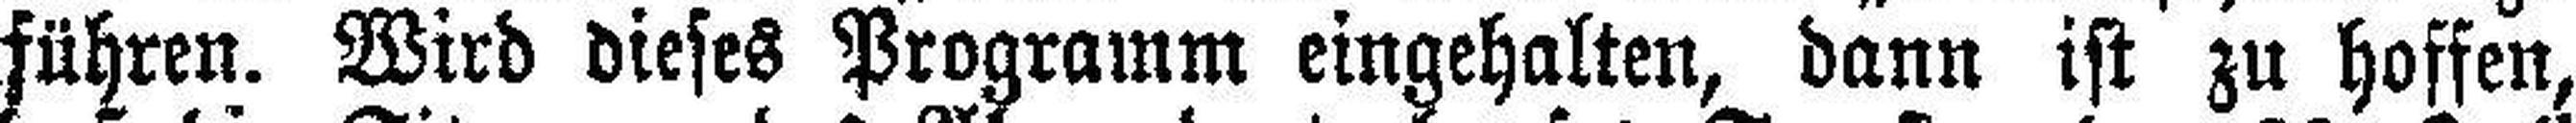
führen. Wird dieses Programm eingehalten, dann ist zu hoffen,